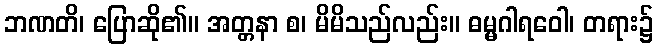
ဘဏတိ၊ ပြောဆို၏။ အတ္တနာ စ၊ မိမိသည်လည်း။ ဓမ္မဂါရဝေါ၊ တရား၌